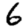
Digit: 6